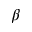
\beta